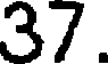
37.